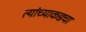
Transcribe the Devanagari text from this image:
त्यांच्याकडचा